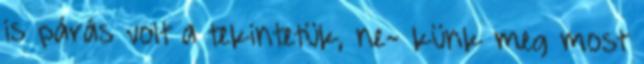
is párás volt a tekintetük, ne- künk meg most